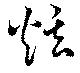
炫